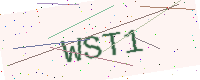
Text: WST1